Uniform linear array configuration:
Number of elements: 12
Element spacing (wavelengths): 0.5
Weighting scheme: hann
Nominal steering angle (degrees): -30
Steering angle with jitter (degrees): -31.776
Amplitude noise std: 0.05
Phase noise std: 0.05

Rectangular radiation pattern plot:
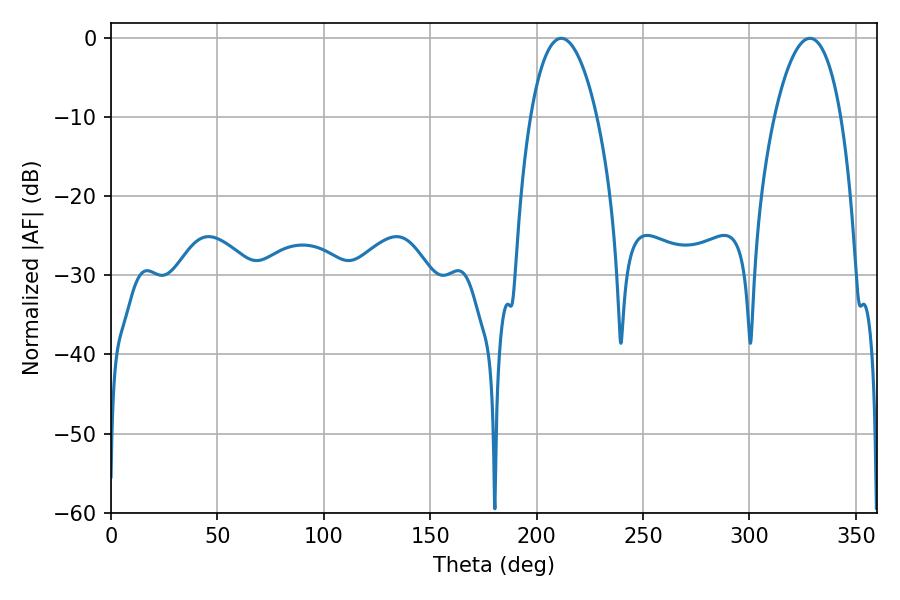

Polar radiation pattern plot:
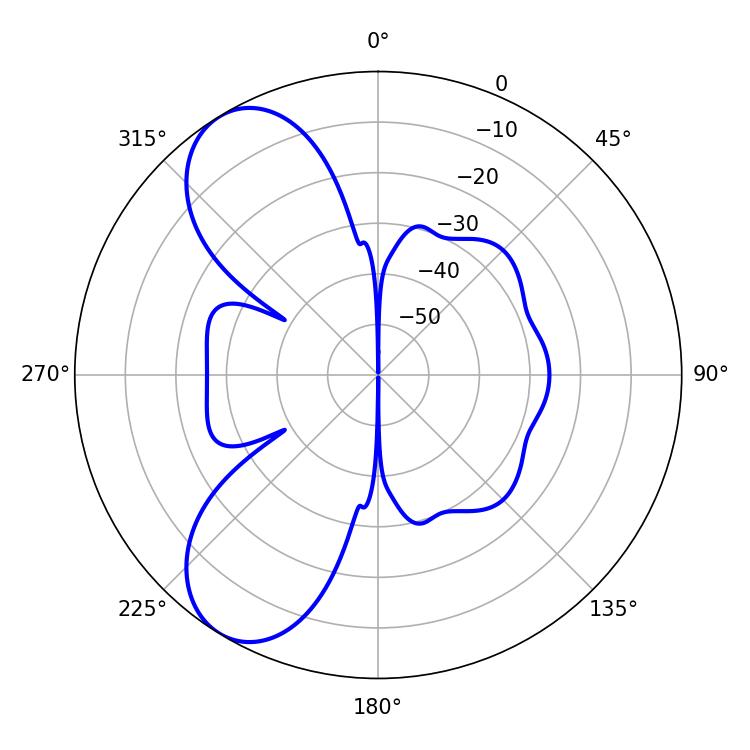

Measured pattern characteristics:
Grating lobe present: FALSE
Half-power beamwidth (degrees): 17.46
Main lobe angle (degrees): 211.5